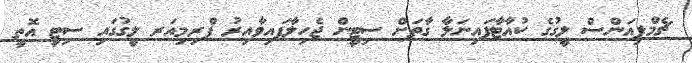
ޗެމްޕިއަންސް ލީގުގެ ކުއާޓާފައިނަލާ ގާތަށް ސިޓީން ޖެހިލާފައިވާއިރު ޕްރިމިއަރ ލީގުގައި ސިޓީ އޮތީ